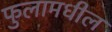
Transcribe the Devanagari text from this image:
फुलामधील